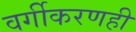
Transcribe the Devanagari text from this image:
वर्गीकरणही